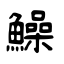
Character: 鱢